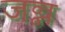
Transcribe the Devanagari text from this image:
जन्न